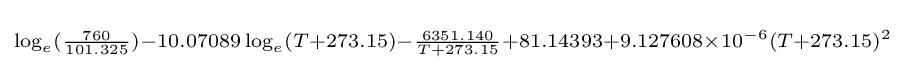
\scriptstyle \log _{e}({\frac {760}{101.325}})-10.07089\log _{e}(T+273.15)-{\frac {6351.140}{T+273.15}}+81.14393+9.127608\times 10^{-6}(T+273.15)^{2}